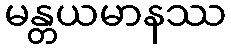
မန္တယမာနဿ